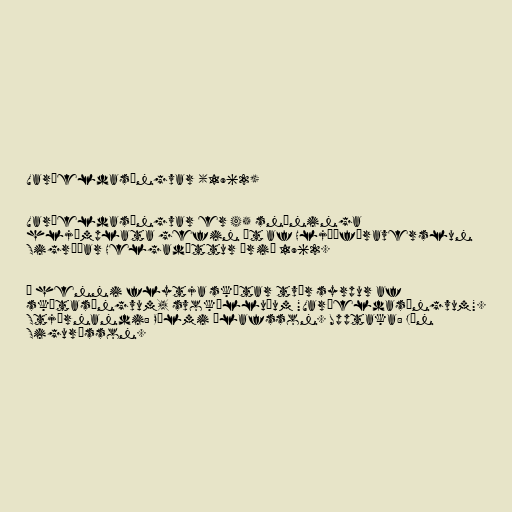
Varðeldasöngvar (1962)

Varðeldasöngvar er 45 snúninga
hljómplata gefin út af Hljóðfæraverslun
Sigríðar Helgadóttur árið 1962.

Á henni flytja skátar tvær syrpur af
skátasöngvum, svokölluðum "Varðeldasöngvum".
Stjórnandi: Pálmi Ólafsson. Upptaka: Jón
Sigurðsson.